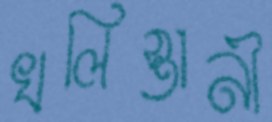
খলিস্তানী